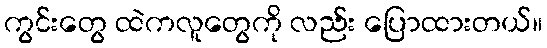
ကွင်းတွေ ထဲကလူတွေကို လည်း ပြောထားတယ်။